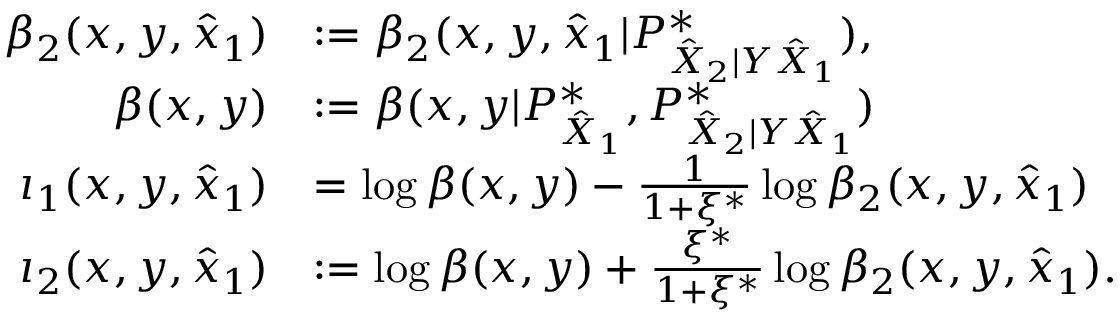
\begin{array} { r l } { \beta _ { 2 } ( x , y , \hat { x } _ { 1 } ) } & { : = \beta _ { 2 } ( x , y , \hat { x } _ { 1 } | P _ { \hat { X } _ { 2 } | Y \hat { X } _ { 1 } } ^ { * } ) , } \\ { \beta ( x , y ) } & { : = \beta ( x , y | P _ { \hat { X } _ { 1 } } ^ { * } , P _ { \hat { X } _ { 2 } | Y \hat { X } _ { 1 } } ^ { * } ) } \\ { \imath _ { 1 } ( x , y , \hat { x } _ { 1 } ) } & { = \log \beta ( x , y ) - \frac { 1 } { 1 + \xi ^ { * } } \log \beta _ { 2 } ( x , y , \hat { x } _ { 1 } ) } \\ { \imath _ { 2 } ( x , y , \hat { x } _ { 1 } ) } & { : = \log \beta ( x , y ) + \frac { \xi ^ { * } } { 1 + \xi ^ { * } } \log \beta _ { 2 } ( x , y , \hat { x } _ { 1 } ) . } \end{array}